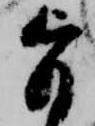
旨